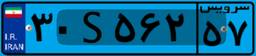
۳۰S۵۶۲۵۷